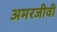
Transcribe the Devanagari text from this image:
अमरजीवी